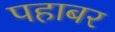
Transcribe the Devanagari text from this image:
पहाबर